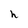
Character: h